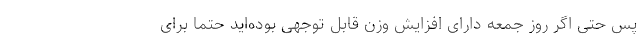
پس حتی اگر روز جمعه دارای افزایش وزن قابل‌ توجهی بوده‌اید حتما برای